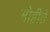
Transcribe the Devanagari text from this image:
मोहीते